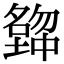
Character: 𡒒